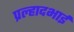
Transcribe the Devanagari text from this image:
प्रल्हादभाई